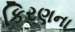
કિરણના